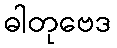
ဓါတုဗေဒ